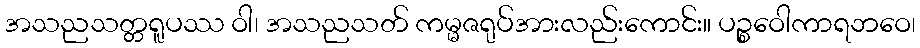
အသညသတ္တရူပဿ ဝါ၊ အသညသတ် ကမ္မဇရုပ်အားလည်းကောင်း။ ပဉ္စဝေါကာရဘဝေ၊